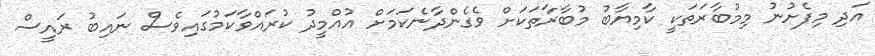
އަދި މިފެށުނު މިމުބާރަތަކީ ކާމިޔާބު މުބާރާތަކަށް ވެގެންދާނެކަމަށް އުއްމީދު ކުރައްވާކަމުގައިވެސް ނައިބު ރައީސް